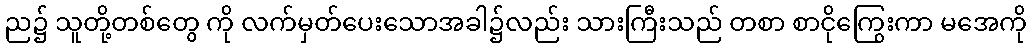
ည၌ သူတို့တစ်တွေ ကို လက်မှတ်ပေးသောအခါ၌လည်း သားကြီးသည် တစာ စာငိုကြွေးကာ မအေကို